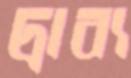
দ্রাব্য